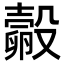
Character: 㲉